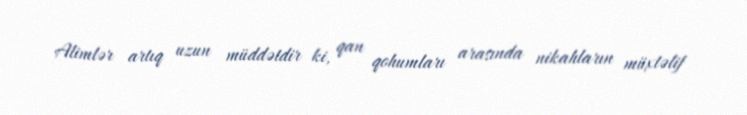
Alimlər artıq uzun müddətdir ki, qan qohumları arasında nikahların müxtəlif